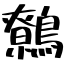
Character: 鷯